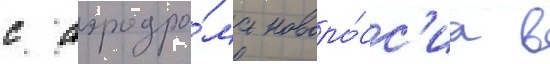
с аэродро́ма новоро́сс'иа в